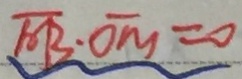
\overline { A B } \cdot \overline { O M } = 0